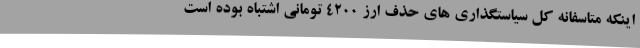
اینکه متاسفانه کل سیاستگذاری های حذف ارز 4200 تومانی اشتباه بوده است